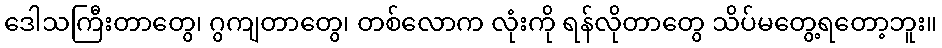
ဒေါသကြီးတာတွေ၊ ဂွကျတာတွေ၊ တစ်လောက လုံးကို ရန်လိုတာတွေ သိပ်မတွေ့ရတော့ဘူး။